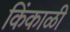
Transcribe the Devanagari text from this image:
किंकाळी